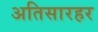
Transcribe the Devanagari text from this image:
अतिसारहर